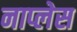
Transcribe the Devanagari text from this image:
नाप्लेस